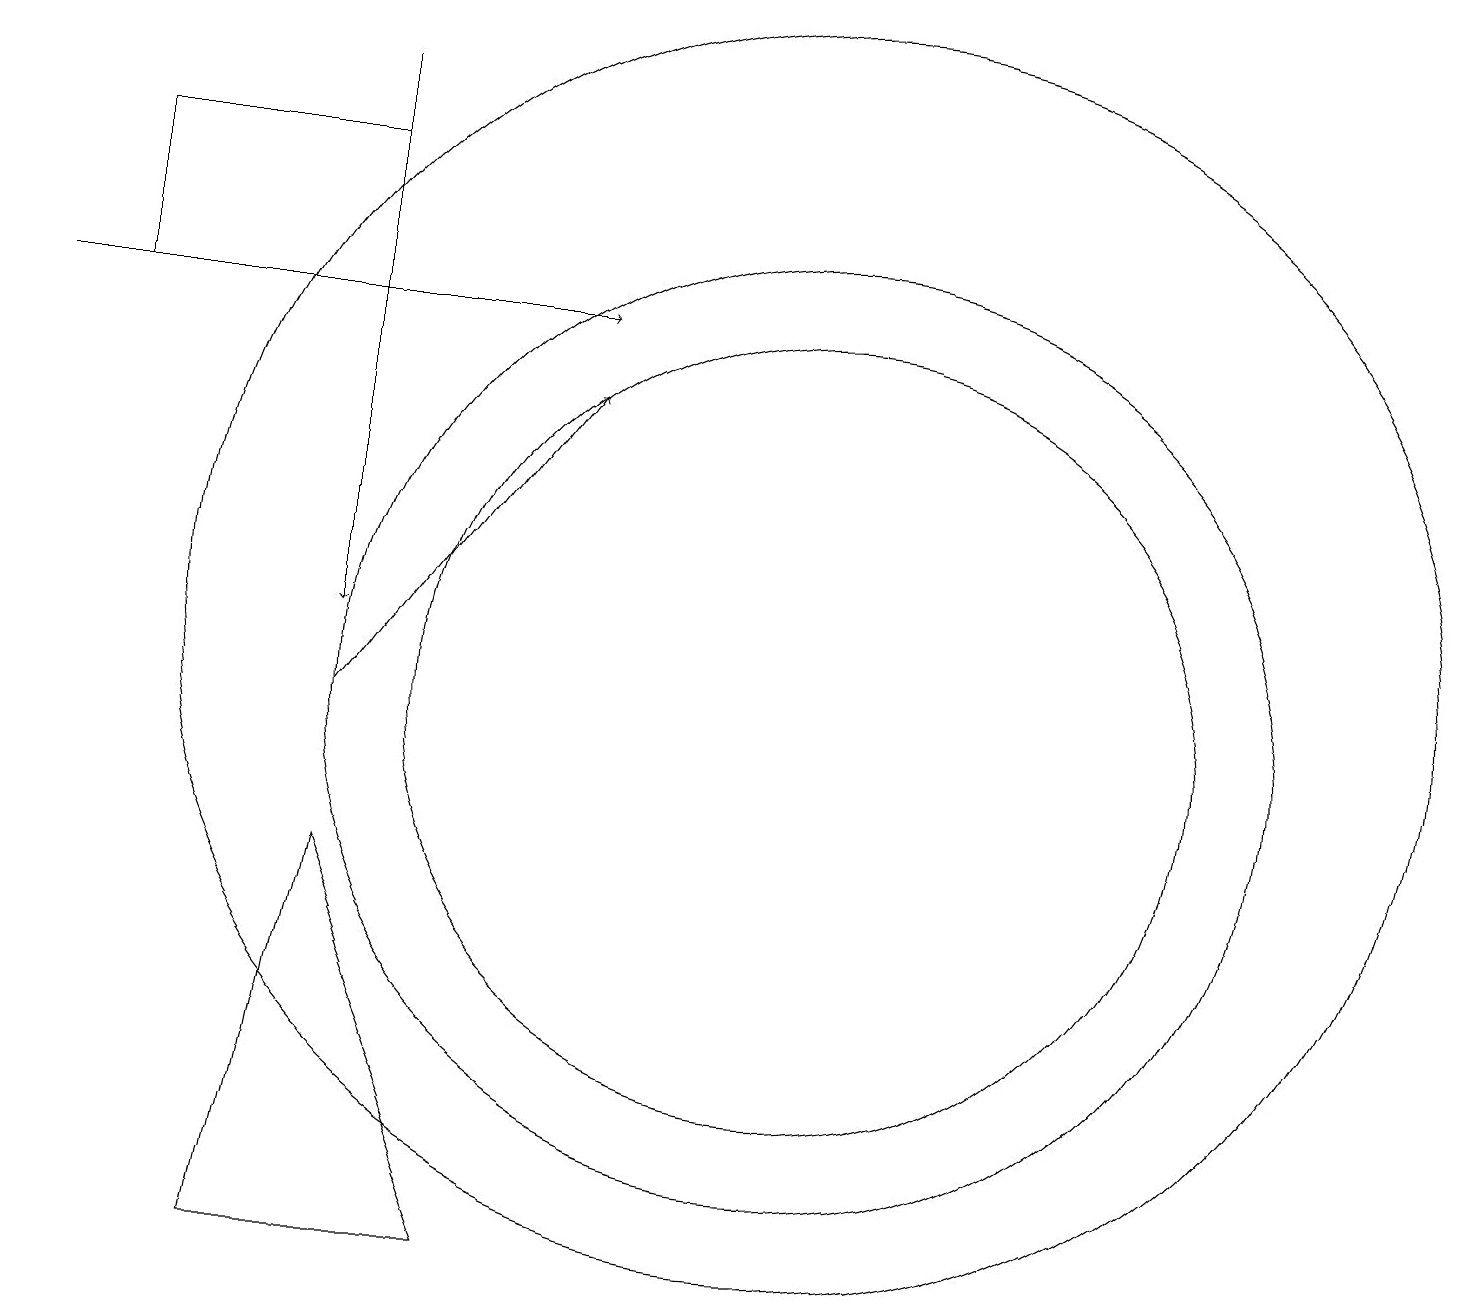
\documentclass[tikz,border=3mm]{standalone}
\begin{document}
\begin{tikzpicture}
\draw (10,11) circle (6);
\draw (10,12) circle (8);
\draw[->] (4,11) -- (7,15);
\draw[->] (4,19) -- (4,12);
\draw (4,18) rectangle (1,16);
\draw (10,11) circle (5);
\draw (4,9) -- (6,4) -- (3,4) -- cycle;
\draw[->] (0,16) -- (7,16);
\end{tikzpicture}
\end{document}